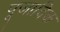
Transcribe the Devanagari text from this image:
पूजादिक